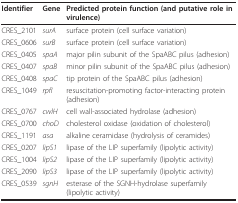
| Identifier | Gene | Predicted protein function (and putative role in virulence) |
 | --- | --- | --- |
 | CRES_2101 | surA | surface protein (cell surface variation) |
 | CRES_0606 | surB | surface protein (cell surface variation) |
 | CRES_0405 | spaA | major pilin subunit of the SpaABC pilus (adhesion) |
 | CRES_0407 | spaB | minor pilin subunit of the SpaABC pilus (adhesion) |
 | CRES_0408 | spaC | tip protein of the SpaABC pilus (adhesion) |
 | CRES_1049 | rpfI | resuscitation-promoting factor-interacting protein (adhesion) |
 | CRES_0767 | cwlH | cell wall-associated hydrolase (adhesion) |
 | CRES_0700 | choD | cholesterol oxidase (oxidation of cholesterol) |
 | CRES_1191 | asa | alkaline ceramidase (hydrolysis of ceramides) |
 | CRES_0207 | lipS1 | lipase of the LIP superfamily (lipolytic activity) |
 | CRES_1004 | lipS2 | lipase of the LIP superfamily (lipolytic activity) |
 | CRES_2090 | lipS3 | lipase of the LIP superfamily (lipolytic activity) |
 | CRES_0539 | sgnH | esterase of the SGNH-hydrolase superfamily (lipolytic activity) |